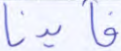
فأيدنا